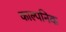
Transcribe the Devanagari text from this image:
काल्‍पनिक